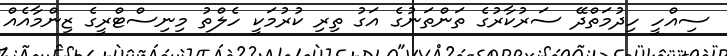
ސިއްހީ ހިދުމަތްދޭ ސަރުކާރުގެ ތަންތަނުގެ އަގު ތިރި ކުރުމަކީ ހެލްތު މިނިސްޓްރީގެ ޒިންމާއެއް